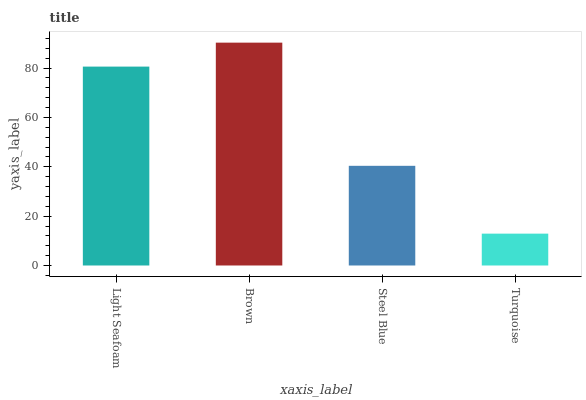
| xaxis_label | bars |
 | --- | --- |
 | Light Seafoam | 80.6 |
 | Brown | 90.3 |
 | Steel Blue | 40.4 |
 | Turquoise | 12.9 |